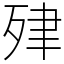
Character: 肂